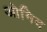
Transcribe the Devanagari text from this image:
ओमिद